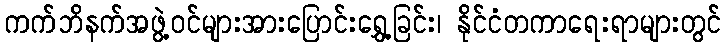
ကက်ဘိနက်အဖွဲ့ဝင်များအားပြောင်းရွှေ့ခြင်း၊ နိုင်ငံတကာရေးရာများတွင်